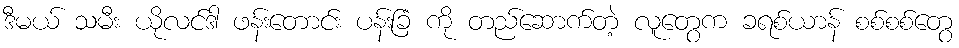
ဒီမယ် သမီး ယိုလင်ဒါ ဖန်းတောင်း ပန်းခြံ ကို တည်ဆောက်တဲ့ လူတွေက ခရစ်ယာန် စစ်စစ်တွေ